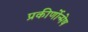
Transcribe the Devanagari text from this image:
प्रकीर्णोन्मेष